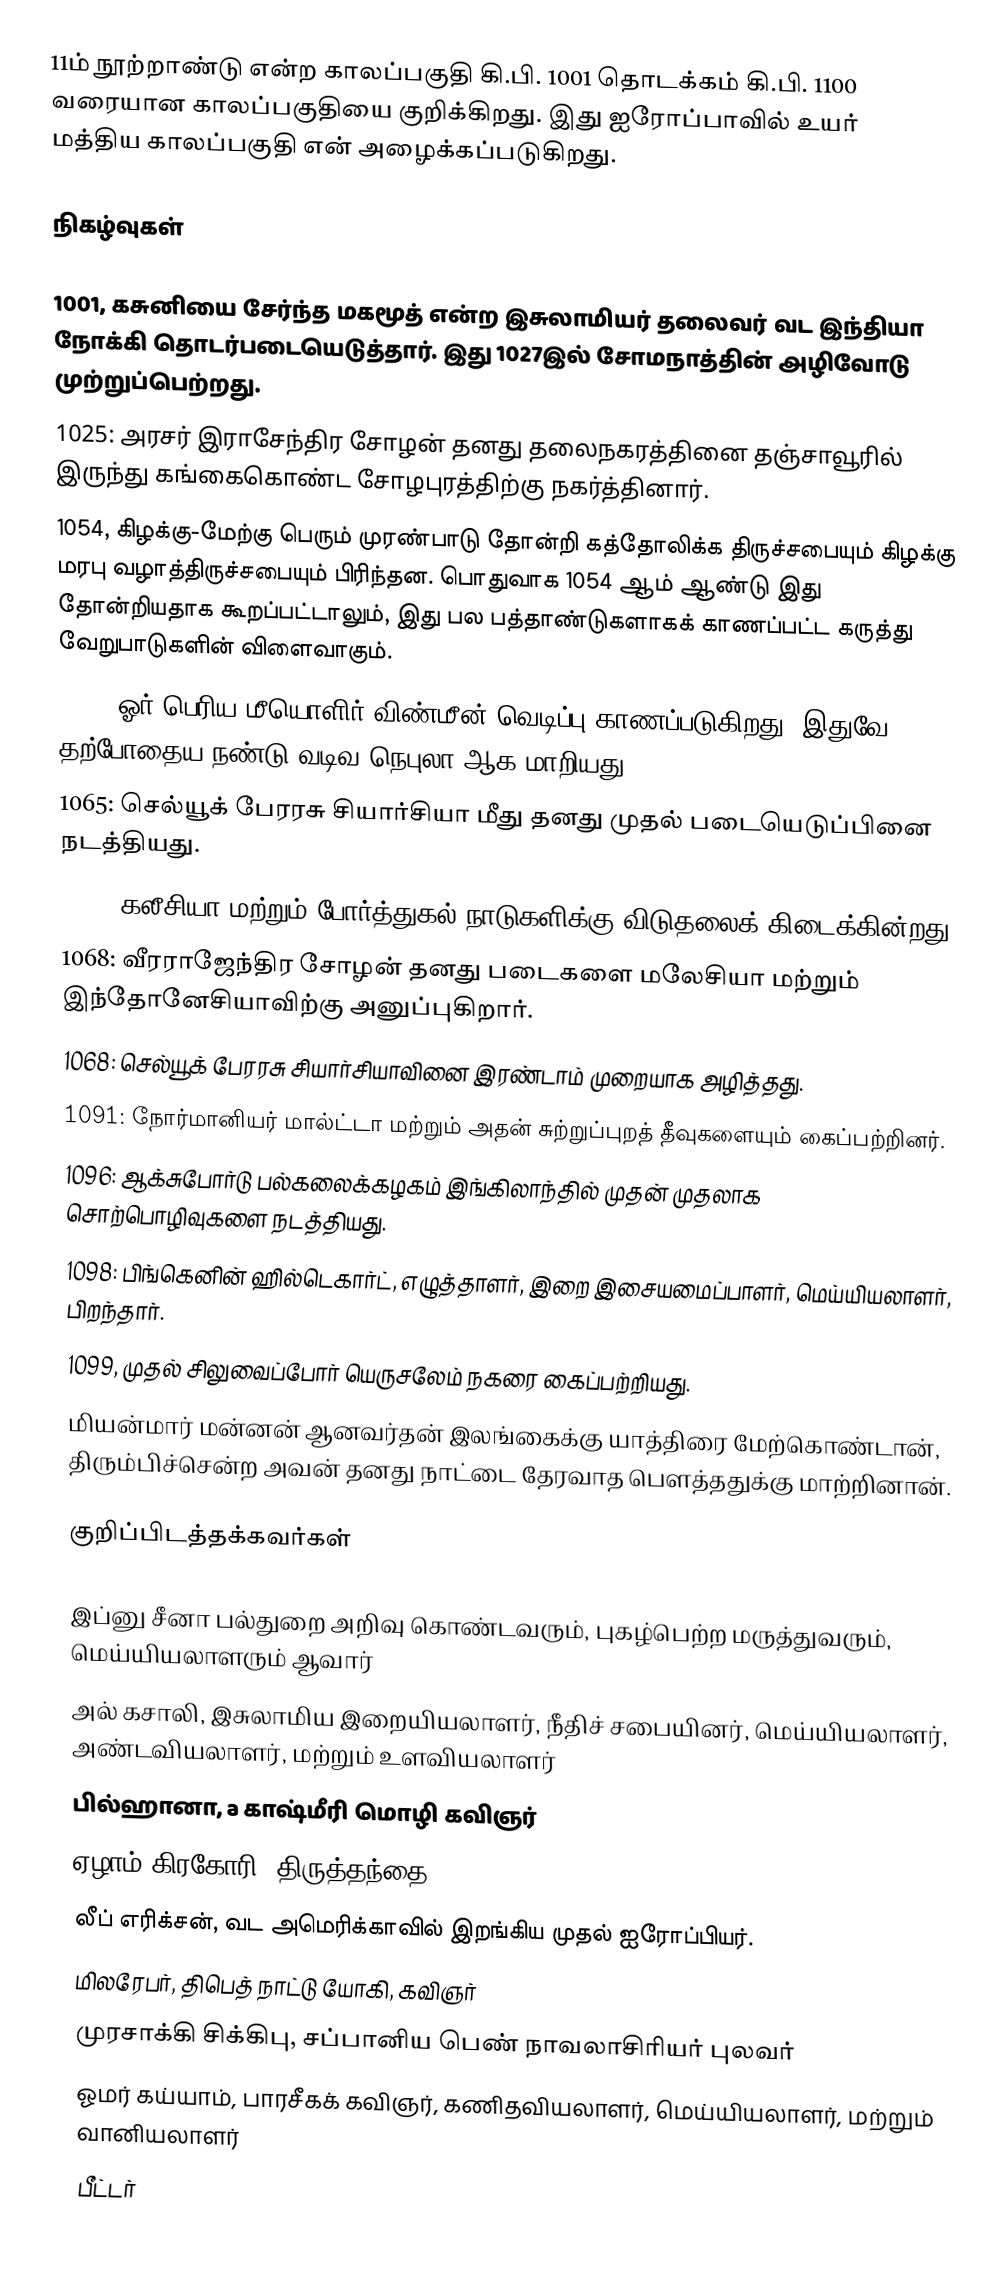
11ம் நூற்றாண்டு என்ற காலப்பகுதி கி.பி. 1001 தொடக்கம் கி.பி. 1100 வரையான காலப்பகுதியை குறிக்கிறது. இது ஐரோப்பாவில் உயர் மத்திய காலப்பகுதி என் அழைக்கப்படுகிறது.

நிகழ்வுகள்

 1001, கசுனியை சேர்ந்த மகமூத் என்ற இசுலாமியர் தலைவர் வட இந்தியா நோக்கி தொடர்படையெடுத்தார். இது 1027இல் சோமநாத்தின் அழிவோடு முற்றுப்பெற்றது.
 1025: அரசர் இராசேந்திர சோழன் தனது தலைநகரத்தினை தஞ்சாவூரில் இருந்து கங்கைகொண்ட சோழபுரத்திற்கு நகர்த்தினார்.
 1054, கிழக்கு-மேற்கு பெரும் முரண்பாடு தோன்றி கத்தோலிக்க திருச்சபையும் கிழக்கு மரபு வழாத்திருச்சபையும் பிரிந்தன. பொதுவாக 1054 ஆம் ஆண்டு இது தோன்றியதாக கூறப்பட்டாலும், இது பல பத்தாண்டுகளாகக் காணப்பட்ட கருத்து வேறுபாடுகளின் விளைவாகும்.
 1054: ஓர் பெரிய மீயொளிர் விண்மீன் வெடிப்பு காணப்படுகிறது. இதுவே தற்போதைய நண்டு வடிவ நெபுலா ஆக மாறியது.
 1065: செல்யூக் பேரரசு சியார்சியா மீது தனது முதல் படையெடுப்பினை நடத்தியது.
 1065: கலீசியா மற்றும் போர்த்துகல் நாடுகளிக்கு விடுதலைக் கிடைக்கின்றது.
 1068: வீரராஜேந்திர சோழன் தனது படைகளை மலேசியா மற்றும் இந்தோனேசியாவிற்கு அனுப்புகிறார்.
 1068: செல்யூக் பேரரசு சியார்சியாவினை இரண்டாம் முறையாக அழித்தது.
 1091: நோர்மானியர் மால்ட்டா மற்றும் அதன் சுற்றுப்புறத் தீவுகளையும் கைப்பற்றினர்.
 1096: ஆக்சுபோர்டு பல்கலைக்கழகம் இங்கிலாந்தில் முதன் முதலாக சொற்பொழிவுகளை நடத்தியது.
 1098: பிங்கெனின் ஹில்டெகார்ட், எழுத்தாளர், இறை இசையமைப்பாளர், மெய்யியலாளர், பிறந்தார்.
 1099, முதல் சிலுவைப்போர் யெருசலேம் நகரை கைப்பற்றியது.
 மியன்மார் மன்னன் ஆனவர்தன் இலங்கைக்கு யாத்திரை மேற்கொண்டான், திரும்பிச்சென்ற அவன் தனது நாட்டை தேரவாத பௌத்ததுக்கு மாற்றினான்.

குறிப்பிடத்தக்கவர்கள்

 இப்னு சீனா பல்துறை அறிவு கொண்டவரும், புகழ்பெற்ற மருத்துவரும், மெய்யியலாளரும் ஆவார்
 அல் கசாலி, இசுலாமிய இறையியலாளர், நீதிச் சபையினர், மெய்யியலாளர், அண்டவியலாளர், மற்றும் உளவியலாளர்
 பில்ஹானா, a காஷ்மீரி மொழி கவிஞர்
 ஏழாம் கிரகோரி, திருத்தந்தை
 லீப் எரிக்சன், வட அமெரிக்காவில் இறங்கிய முதல் ஐரோப்பியர்.
 மிலரேபர், திபெத் நாட்டு யோகி, கவிஞர்
 முரசாக்கி சிக்கிபு, சப்பானிய பெண் நாவலாசிரியர் புலவர்
 ஓமர் கய்யாம், பாரசீகக் கவிஞர், கணிதவியலாளர், மெய்யியலாளர், மற்றும் வானியலாளர்
 பீட்டர்